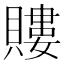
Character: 𧷡